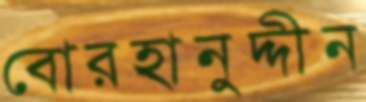
বোরহানুদ্দীন